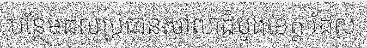
បន្ថែមដល់ប្រធានសាលាដំបូងខេត្ត ដែល